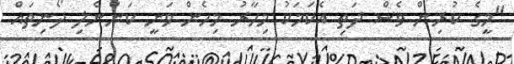
"މީގެ ކުރިން ވެސް ދަތި އެކަމަކު މިހާރު މިހެން ވަނީ ކަންނެލި ދޯނިތައް